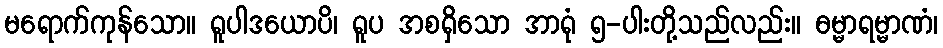
မရောက်ကုန်သော။ ရူပါဒယောပိ၊ ရူပ အစရှိသော အာရုံ ၅-ပါးတို့သည်လည်း။ ဓမ္မာရမ္မာဏံ၊